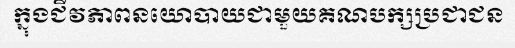
ក្នុងជីវភាពនយោបាយជាមួយគណបក្សប្រជាជន